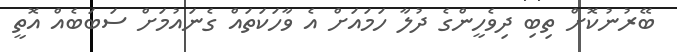
ބޭރުނުކޮށް ތިބި ދިވެހީންގެ ދުލާ ހަމައަށް އެ ވާހަކަތައް ގެނައުމަށް ސަބަބެއް އޮތީ